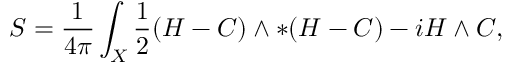
S = \frac { 1 } { 4 \pi } \int _ { X } \frac { 1 } { 2 } ( H - C ) \wedge * ( H - C ) - i H \wedge C ,